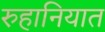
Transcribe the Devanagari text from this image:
रुहानियात